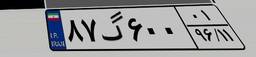
۸۷گ۶۰۰۰۱